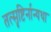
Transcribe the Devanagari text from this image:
तत्सृष्टिर्नान्यथा